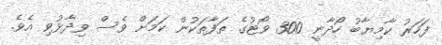
ފަހަރު ކާމިޔާބު ހޯދާނީ 300 ވޯޓުގެ ތަފާތަކުން ކަމަށް ވެސް ވިދާޅުވި އެވެ.